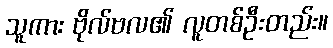
သူကား ဗိုလ်ဗလ၏ လူတစ်ဦးတည်း။